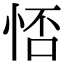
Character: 㤳